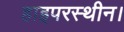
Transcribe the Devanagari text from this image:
हाइपरस्थीन।